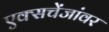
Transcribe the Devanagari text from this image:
एक्सचेंजांवर